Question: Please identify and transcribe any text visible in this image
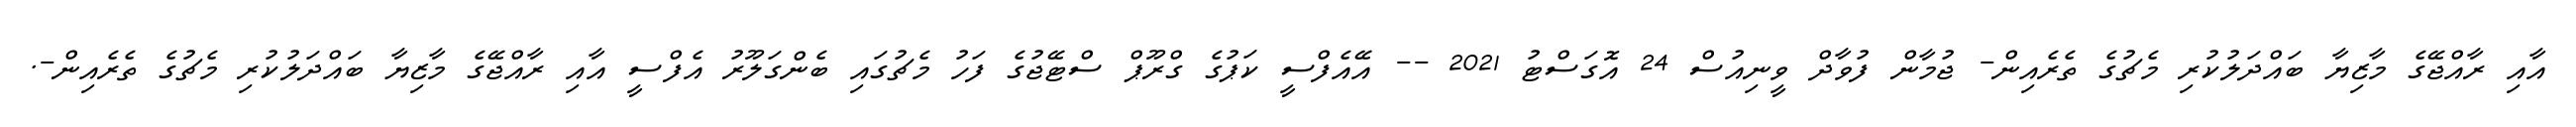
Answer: އާއި ރާއްޖޭގެ މާޒިޔާ ބައްދަލުކުރި މެޗުގެ ތެރެއިން- ޖުމާން ފުވާދް ވީނިއުސް 24 އޮގަސްޓު 2021 -- އޭއެފްސީ ކަޕުގެ ގްރޫޕް ސްޓޭޖުގެ ފަހު މެޗުގައި ބެންގަލޫރު އެފްސީ އާއި ރާއްޖޭގެ މާޒިޔާ ބައްދަލުކުރި މެޗުގެ ތެރެއިން-.